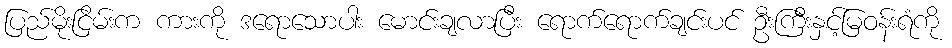
ပြည်မိုးငြိမ်းက ကားကို ဒရောသောပါး မောင်းချလာပြီး ရောက်ရောက်ချင်းပင် ဦးကြီးနှင့်မြဝန်းရံကို